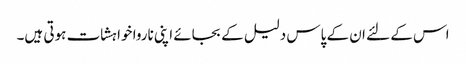
اس کے لئے ان کے پاس دلیل کے بجائے اپنی ناروا خواہشات ہوتی ہیں۔